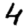
Digit: 4